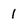
Character: 1